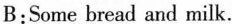
B:Some bread and milk.